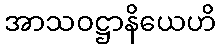
အာသဝဋ္ဌာနိယေဟိ